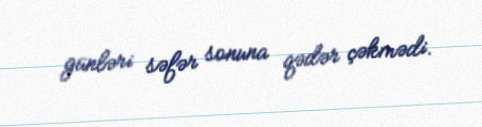
günləri səfər sonuna qədər çəkmədi.